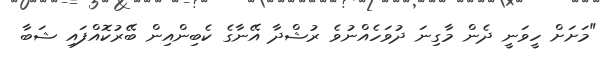
"މަށަށް ހީވަނީ ދެން މާގިނަ ދުވަހެއްނުވެ ރުޝްދާ އޭނާގެ ކެބިންއިން ބޭރުކޮއްފައި ޝަބާ